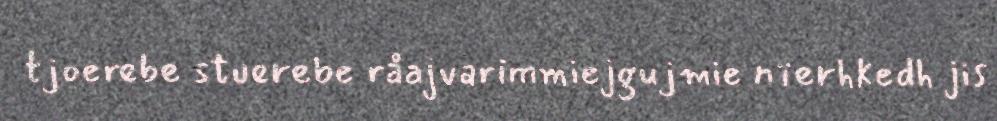
tjoerebe stuerebe råajvarimmiejgujmie nïerhkedh jis